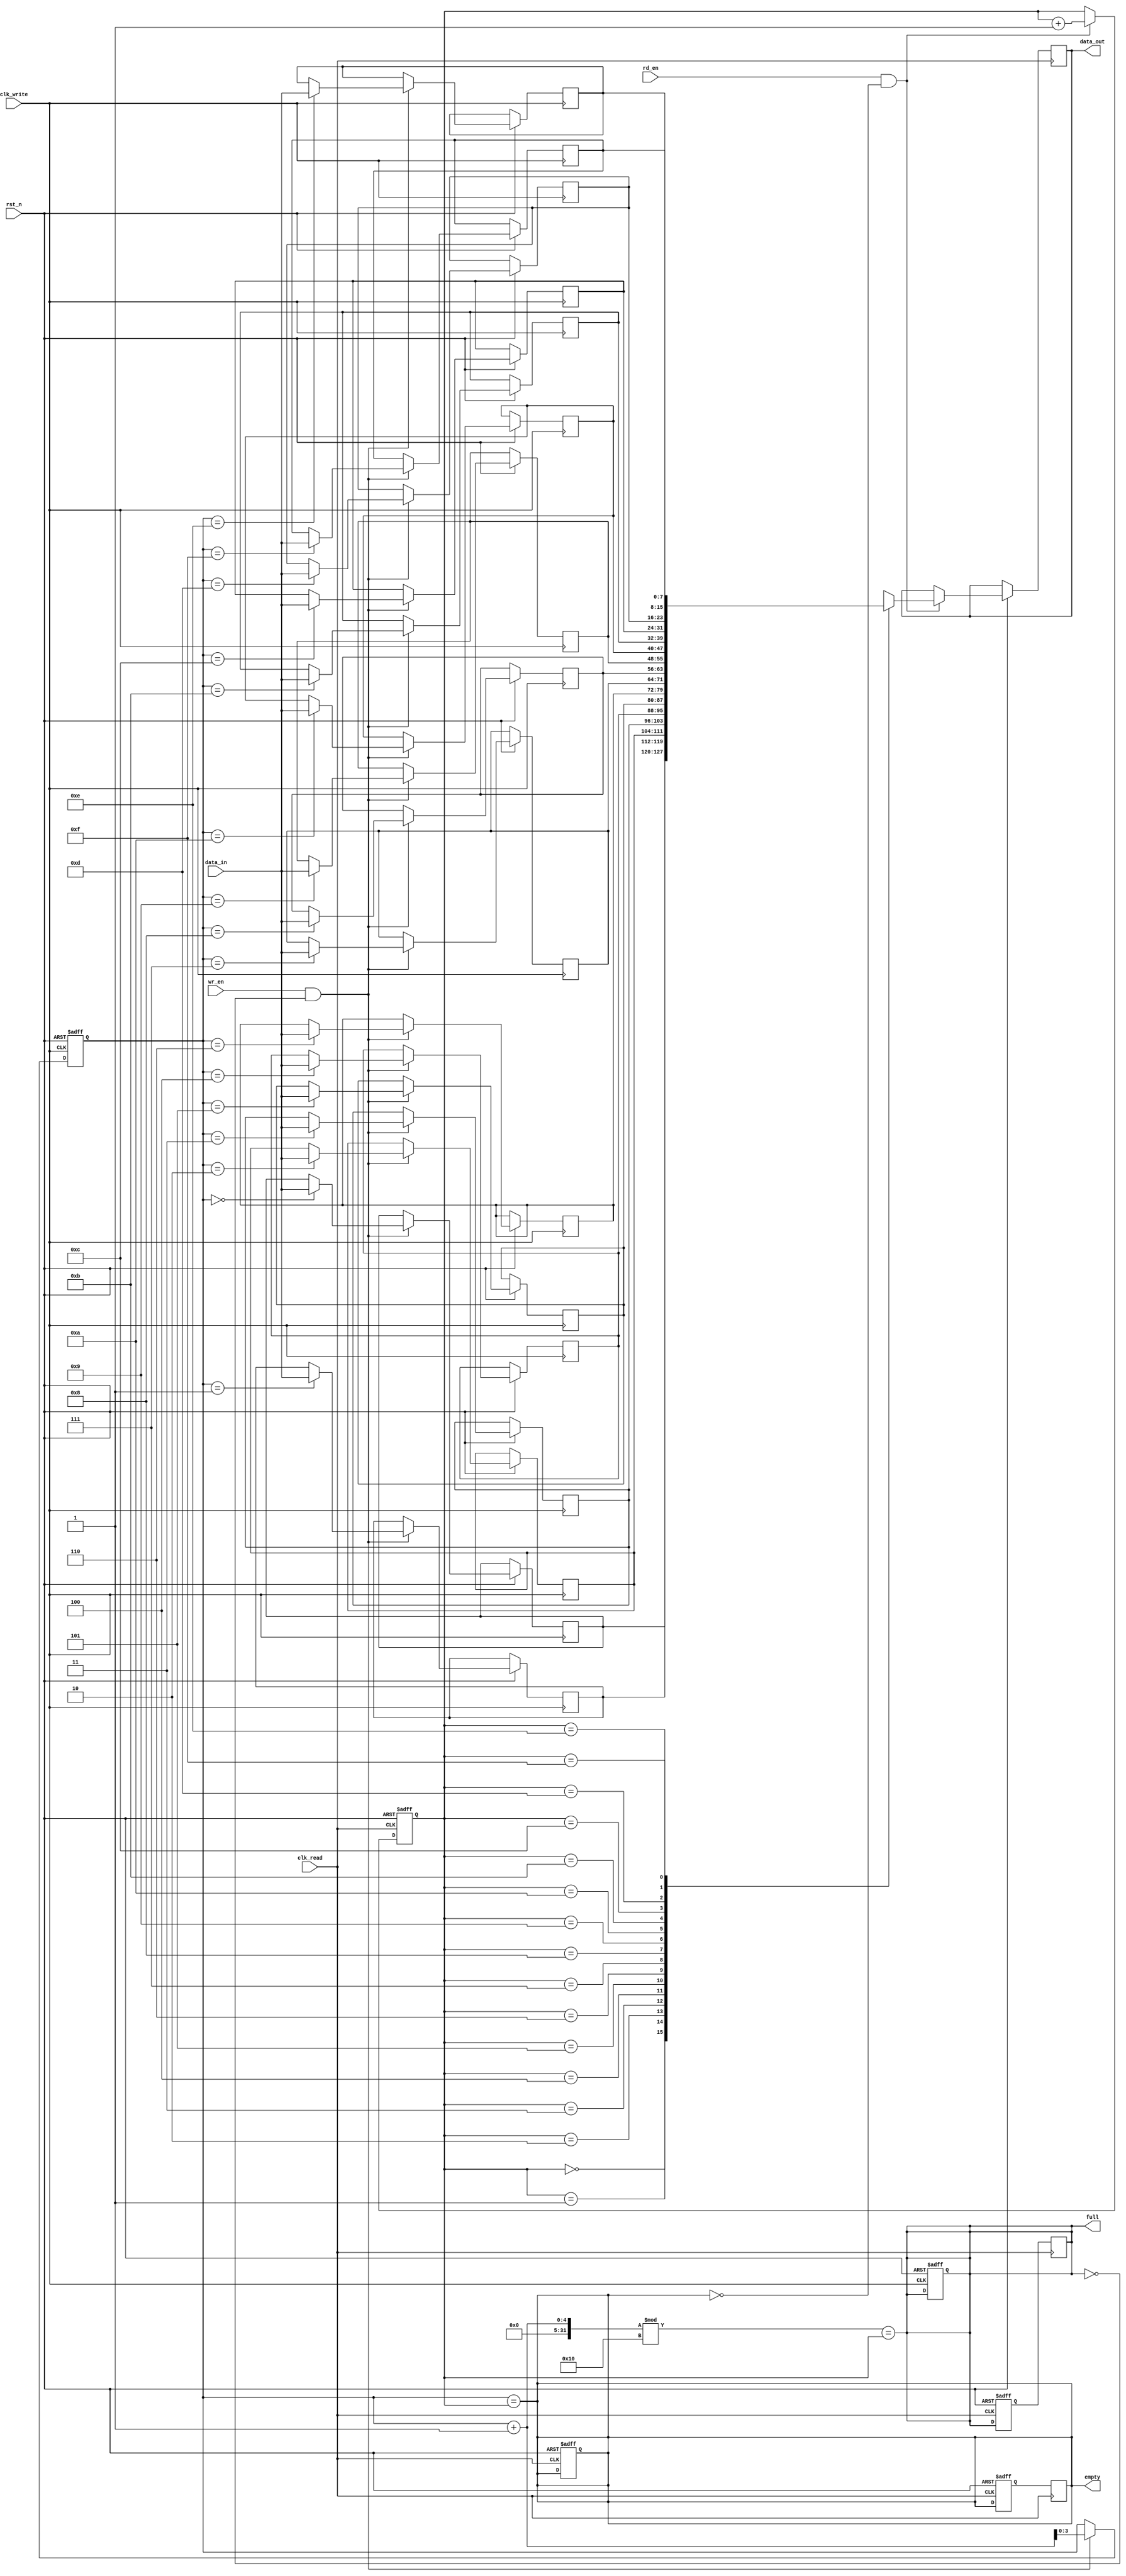
module dual_clock_fifo #(
    parameter DATA_WIDTH = 8,  // Width of the data
    parameter FIFO_DEPTH = 16   // Depth of the FIFO (number of entries)
)(
    input wire clk_write,       // Write clock
    input wire clk_read,        // Read clock
    input wire rst_n,           // Asynchronous reset (active low)
    input wire [DATA_WIDTH-1:0] data_in, // Data input
    input wire wr_en,           // Write enable
    input wire rd_en,           // Read enable
    output reg [DATA_WIDTH-1:0] data_out, // Data output
    output reg full,            // FIFO full flag
    output reg empty            // FIFO empty flag
);

    // Memory array
    reg [DATA_WIDTH-1:0] fifo_mem [0:FIFO_DEPTH-1];

    // Write and Read pointers
    reg [$clog2(FIFO_DEPTH)-1:0] w_ptr;
    reg [$clog2(FIFO_DEPTH)-1:0] r_ptr;

    // Synchronized full and empty flags
    reg full_sync;
    reg empty_sync;

    // Write operation
    always @(posedge clk_write or negedge rst_n) begin
        if (!rst_n) begin
            w_ptr <= 0;
            full <= 0;
        end else if (wr_en && !full) begin
            fifo_mem[w_ptr] <= data_in; // Write data
            w_ptr <= w_ptr + 1;         // Increment write pointer
        end
    end

    // Read operation
    always @(posedge clk_read or negedge rst_n) begin
        if (!rst_n) begin
            r_ptr <= 0;
            empty <= 1;
        end else if (rd_en && !empty) begin
            data_out <= fifo_mem[r_ptr]; // Read data
            r_ptr <= r_ptr + 1;          // Increment read pointer
        end
    end

    // Full and empty flag logic
    always @(*) begin
        full = (w_ptr + 1) % FIFO_DEPTH == r_ptr; // Full condition
        empty = (w_ptr == r_ptr);                  // Empty condition
    end

    // Synchronizers for full and empty flags
    always @(posedge clk_read or negedge rst_n) begin
        if (!rst_n) begin
            full_sync <= 0;
            empty_sync <= 1;
        end else begin
            full_sync <= full; // Synchronize full flag
            empty_sync <= empty; // Synchronize empty flag
        end
    end

    // Update empty and full flags in the read clock domain
    always @(posedge clk_read) begin
        empty <= empty_sync;
        full <= full_sync;
    end

endmodule